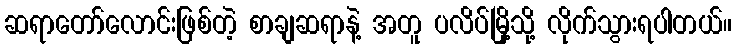
ဆရာတော်လောင်းဖြစ်တဲ့ စာချဆရာနဲ့ အတူ ပလိပ်မြို့သို့ လိုက်သွားရပါတယ်။